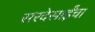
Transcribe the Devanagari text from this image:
सरदेसाईंचा